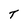
Character: T